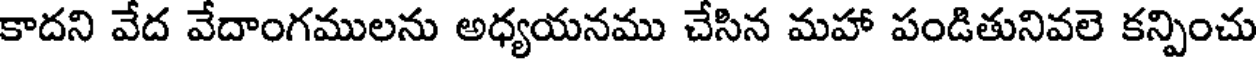
కాదని వేద వేదాంగములను అధ్యయనము చేసిన మహా పండితునివలె కన్పించు